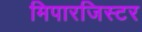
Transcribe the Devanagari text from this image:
मिपारजिस्टर